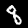
Digit: 8